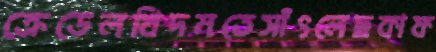
ক্রেডেলখিদমতেসাঁৎলেছকাফ